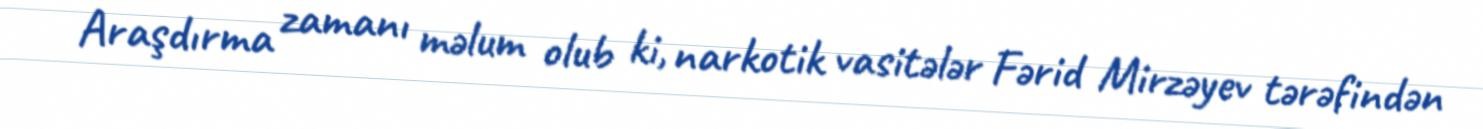
Araşdırma zamanı məlum olub ki, narkotik vasitələr Fərid Mirzəyev tərəfindən